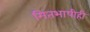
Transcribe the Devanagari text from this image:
मितभाषीही